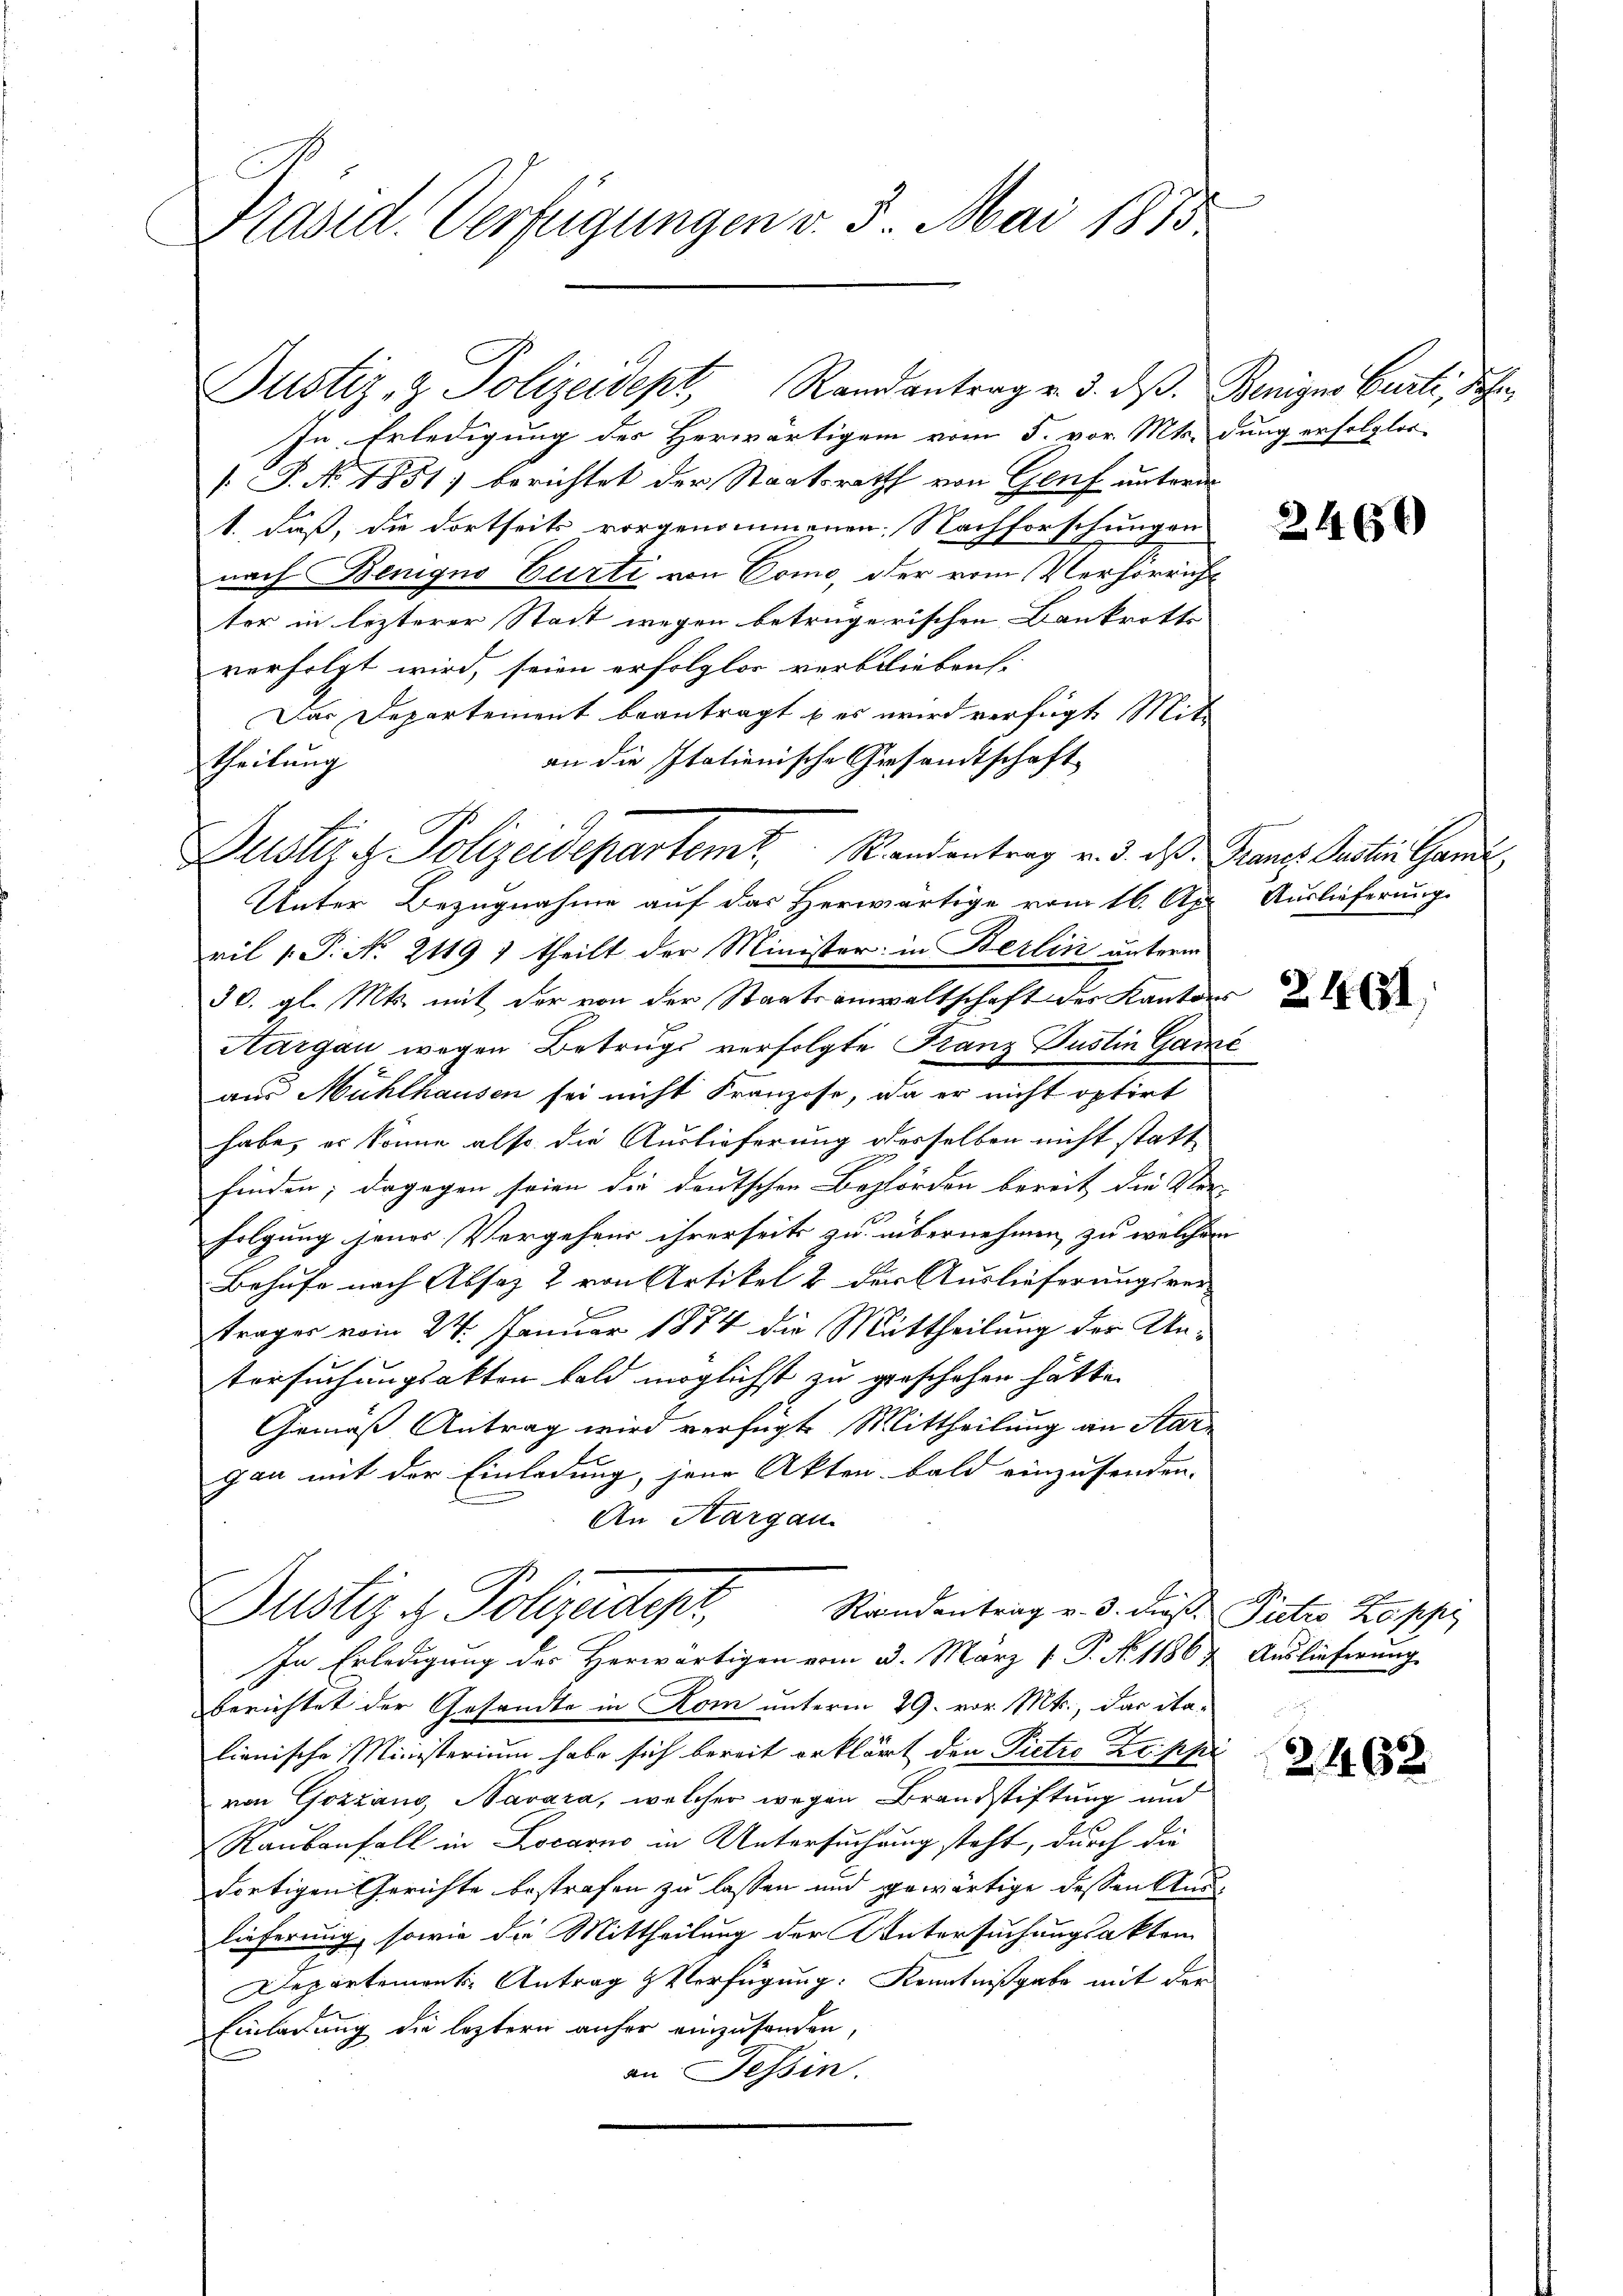
Präsid. Verfügungen v. 3. Mai 1873

In Erledigung des Herwärtigem vom 5. vor. Mts. dung erfolglos-
: P. No. 1851) berichtet der Staatsrath von Genf unterde
1. Faß, die dortseits vorgenommenen Nachforschungen
nach Benigno Curti von Como, der vom Verhörricht
ter in lezterer Stadt wegen betrügerischen Bankrotte
verfolgt wird, seien erfolglos verblieben. |
Das Departement beantragt u es wird verfügt, Mit
an die Italienische Gesandtschaft
theilung
Duster u. Polizeidepartemt. Randantrag v. 3. ds. Grenze Partin Ganze
Unter Bezugnahme auf das Herwärtige vom 16. Apr
ril 1. P. No. 2119 1 theilt der Minister: in Berlin unterm
30. gl. Mts. mit der von der Staatsanwaltschaft des Kantons
Aargau wegen Betrugs verfolgte Franz Justin Garni
aus Mühlhausen sei nicht Franzose, da er nicht optirt
habe, er könne also die Auslieferung desselben nicht statt
E
finden; dagegen seien die deutschen Behörden bereit die Ver-
6
folgung jenes Vergehens ihrerseits zu übernehmen zu welchem
Behufe nach Absaz & von Artikel & der Auslieferungsrei-
träger vom 24. Januar 1874 die Mittheilung der Untersuchungsakten bald möglichst zu geschehen hätte.
Gemäß Antrag wird verfügte Mittheilung an Mar
gan mit der Einladung, jene Akten bald einzusenden.
An Aargau.
Justiz & Polizadept,
Randantrag v. 3. dieß. Pietro Koppe
In Erledigung des Herwärtigen vom 3. März v. P. No. 11864. Auslieferung
berichtet der Gesandte in Rom unterm 29. vor. Mts., das ita-
lienische Ministerium habe sich bereit erklärt den Pietro Zr. pp
von Gozzaus, Navara, welcher wegen Brandstiftung und
Raubenfall in Locarno in Untersuchung steht, durch die
dortigen Gerichte bestrafen zu lassen und gewärtige dessen Auslieferung, sowie die Mittheilung der Untersuchungsakten
Departement Antrag & Verfügung: Kenntnißgabe mit der
Einladung die leztern anher einzusenden,
an Tessin.

Justiz- & Polizeidept, Randantrag v. 3. ds. Beniger Curti, Schr

2460

Auslieferung.

2461,

2462